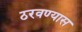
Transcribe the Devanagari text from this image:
ठरवण्यास